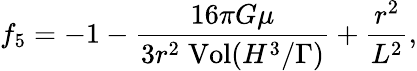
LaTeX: {f_{5}}=-1-{\frac{16\pi G\mu}{3r^{2}\; \mathrm{{Vol}}({H^{3}}/{\Gamma})}}+{\frac{r^{2}}{L^{2}}},